Civil Veterinary Dept. North-West Frontier Province 1901-22 - 1901-1922
Year: 1901
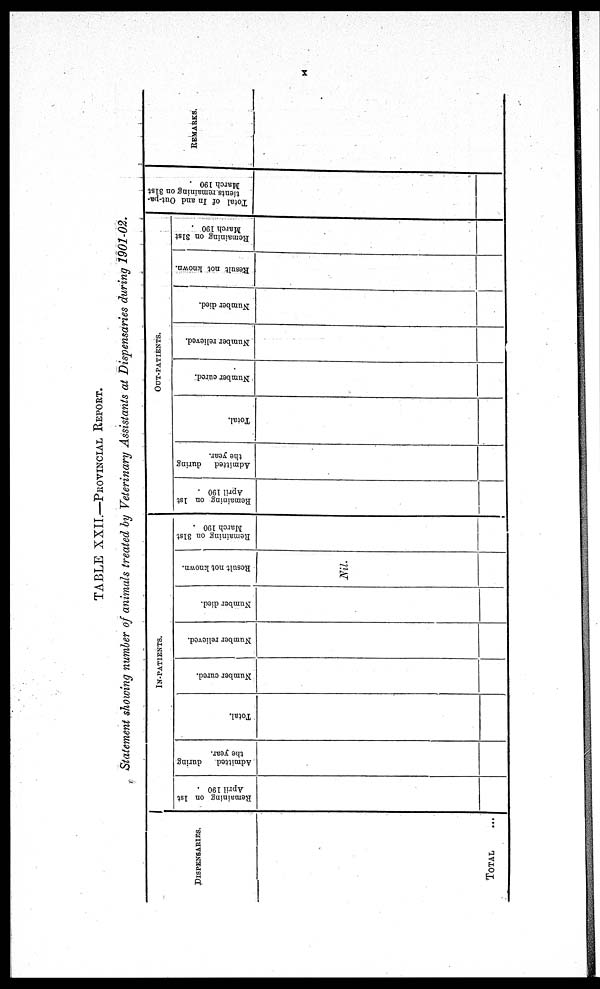
x
TABLE XXII.—PROVINCIAL REPORT.
Statement showing number of animals treated by Veterinary Assistants at Dispensaries during 1901-02.
DISPENSARIES.
TOTAL ...
IN-PATIENTS.
Remaining on 1st
April 190
Admitted
during
the year.
Total.
Number cured.
Number relieved.
Number died.
Result not known.
Nil.
Remaining on 31st
March 190
OUT-PATIENTS.
Remaining on 1st
April 190
Admitted during
the year.
Total.
Number cured.
Number relieved.
Number died.
Result not known.
Remaining on 31st
March 190
Total of In and Out-pa-
tients remaining on 31st
March 190
REMARKS.